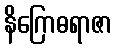
နိဂြောဓရာဇာ